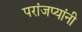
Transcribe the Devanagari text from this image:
परांजप्यांनी